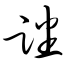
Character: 蹯